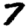
Digit: 7